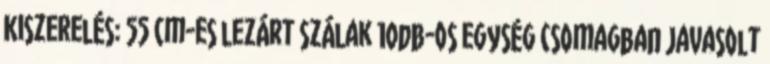
Kiszerelés: 55 cm-es lezárt szálak 10db-os egység csomagban Javasolt